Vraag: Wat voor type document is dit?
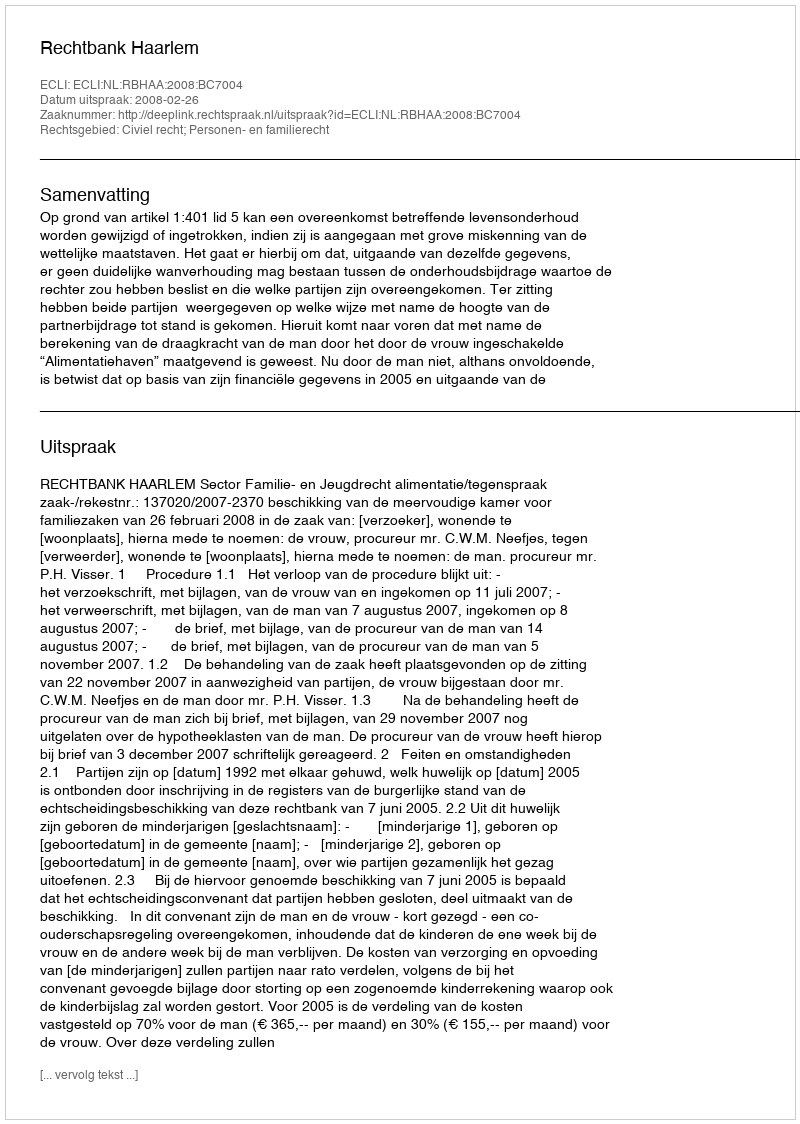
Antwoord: Uitspraak